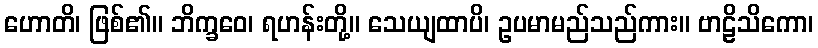
ဟောတိ၊ ဖြစ်၏။ ဘိက္ခဝေ၊ ရဟန်းတို့။ သေယျထာပိ၊ ဥပမာမည်သည်ကား။ ဗာဠိသိကော၊